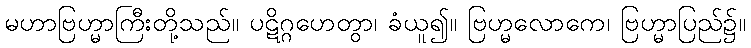
မဟာဗြဟ္မာကြီးတို့သည်။ ပဋိဂ္ဂဟေတွာ၊ ခံယူ၍။ ဗြဟ္မလောကေ၊ ဗြဟ္မာပြည်၌။